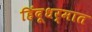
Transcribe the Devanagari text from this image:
हिंदूधर्मात